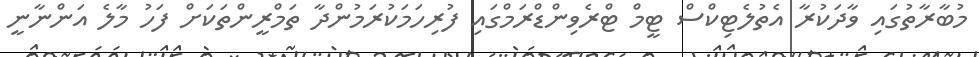
މުބާރާތުގައި ވާދަކުރާ އެތުލެޓިކްސް ޓީމް ޓްރެވިންޑްރަމްގައި ފުރިހަމަކުރަމުންދާ ތަމްރީންތަކަށް ފަހު މާލެ އަންނާނީ